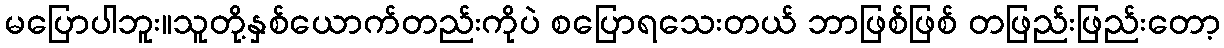
မပြောပါဘူး။သူတို့နှစ်ယောက်တည်းကိုပဲ စပြောရသေးတယ် ဘာဖြစ်ဖြစ် တဖြည်းဖြည်းတော့